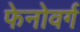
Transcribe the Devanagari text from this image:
फेनोवर्ग